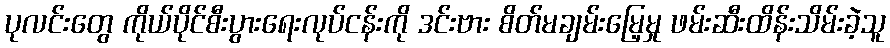
ပုလင်းတွေ ကိုယ်ပိုင်စီးပွားရေးလုပ်ငန်းကို ဒင်းဗား စိတ်မချမ်းမြေ့မှု ဖမ်းဆီးထိန်းသိမ်းခဲ့သူ